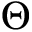
\Theta